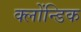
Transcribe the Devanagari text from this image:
क्लोंन्डिक